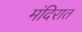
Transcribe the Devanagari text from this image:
मंदिरात